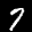
Label: 7